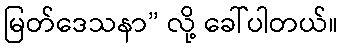
မြတ်ဒေသနာ” လို့ ခေါ်ပါတယ်။